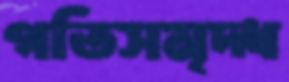
গতিসমৃদ্ধ